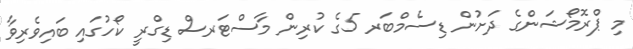
މި ޕްރޮމޯޝަންގެ ދަށުން ޑިސެމްބަރ 5ގެ ކުރިން މާސްޓަރސް ޑިގްރީ ކޯހުގައި ބައިވެރިވާ